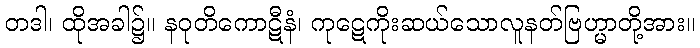
တဒါ၊ ထိုအခါ၌။ နဝုတိကောဋီနံ၊ ကုဋေကိုးဆယ်သောလူနတ်ဗြဟ္မာတို့အား။